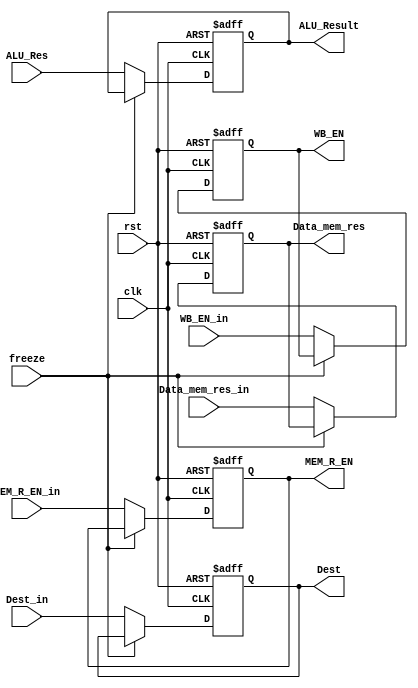
module MemAccessReg(
    clk,
    rst,
    WB_EN_in,
    MEM_R_EN_in,
	Dest_in,
	ALU_Res,
	Data_mem_res_in,
	ALU_Result,
	WB_EN,MEM_R_EN,
	Dest,
	Data_mem_res,
	freeze
);
	input clk, rst, WB_EN_in, MEM_R_EN_in;
	input [3:0] Dest_in;
	input [31:0] ALU_Res;
	input [31:0] Data_mem_res_in;
    input freeze;
	output reg [31:0] ALU_Result;
	output reg WB_EN, MEM_R_EN;
	output reg [3:0] Dest;
	output reg [31:0] Data_mem_res;

	always @(posedge clk, posedge rst) begin
		if (rst == 1) begin
			ALU_Result      <= 32'b0;
			WB_EN           <= 0;
			MEM_R_EN        <= 0;
			Dest            <= 4'b0;
			Data_mem_res    <= 32'b0;
		end
		else if (~freeze) begin
			ALU_Result      <= ALU_Res;
			WB_EN           <= WB_EN_in;
			MEM_R_EN        <= MEM_R_EN_in;
			Dest            <= Dest_in;
			Data_mem_res    <= Data_mem_res_in;
		end
	end
endmodule